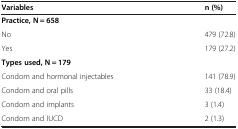
<table><thead><tr><td><b>Variables</b></td><td><b>n (%)</b></td></tr></thead><tbody><tr><td colspan="2"><b>Practice, N = 658</b></td></tr><tr><td>No</td><td>479 (72.8)</td></tr><tr><td>Yes</td><td>179 (27.2)</td></tr><tr><td colspan="2"><b>Types used, N = 179</b></td></tr><tr><td>Condom and hormonal injectables</td><td>141 (78.9)</td></tr><tr><td>Condom and oral pills</td><td>33 (18.4)</td></tr><tr><td>Condom and implants</td><td>3 (1.4)</td></tr><tr><td>Condom and IUCD</td><td>2 (1.3)</td></tr></tbody></table>